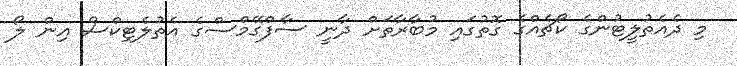
މި ދެއެތުލީޓުންގެ ކޯޗެއްގެ ގޮތުގައި މުބާރާތަށް ދާނީ ސާފްގޭމްސްގެ އެތުލެޓިކްސް އިން ލޯ